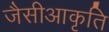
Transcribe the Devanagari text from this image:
जैसीआकृति